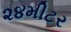
૨૪મીટર